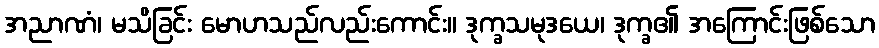
အညာဏံ၊ မသိခြင်း မောဟသည်လည်းကောင်း။ ဒုက္ခသမုဒယေ၊ ဒုက္ခ၏ အကြောင်းဖြစ်သော